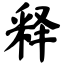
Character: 释